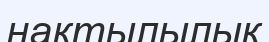
нақтылылық